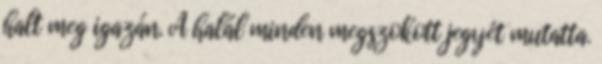
halt meg igazán. A halál minden megszokott jegyét mutatta.